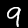
Label: 9